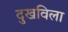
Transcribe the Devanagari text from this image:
दुखविला